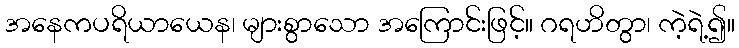
အနေကပရိယာယေန၊ များစွာသော အကြောင်းဖြင့်။ ဂရဟိတွာ၊ ကဲ့ရဲ့၍။